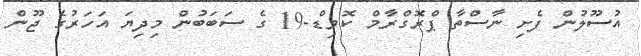
އުސޫލުން ފެށި ނާސްތާ ޕްރޮގްރާމް ކޮވިޑް-19 ގެ ސަބަބުން މިދިޔަ އަހަރުގެ ޖޫން